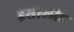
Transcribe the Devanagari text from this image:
इसीलीए